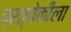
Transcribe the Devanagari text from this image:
प्रत्येकीला